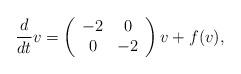
LaTeX: \begin{align*} \frac{d}{dt} v = \left( \begin{array}{cc}-2 & 0 \\0 & -2\\\end{array} \right)v + f(v),\end{align*}